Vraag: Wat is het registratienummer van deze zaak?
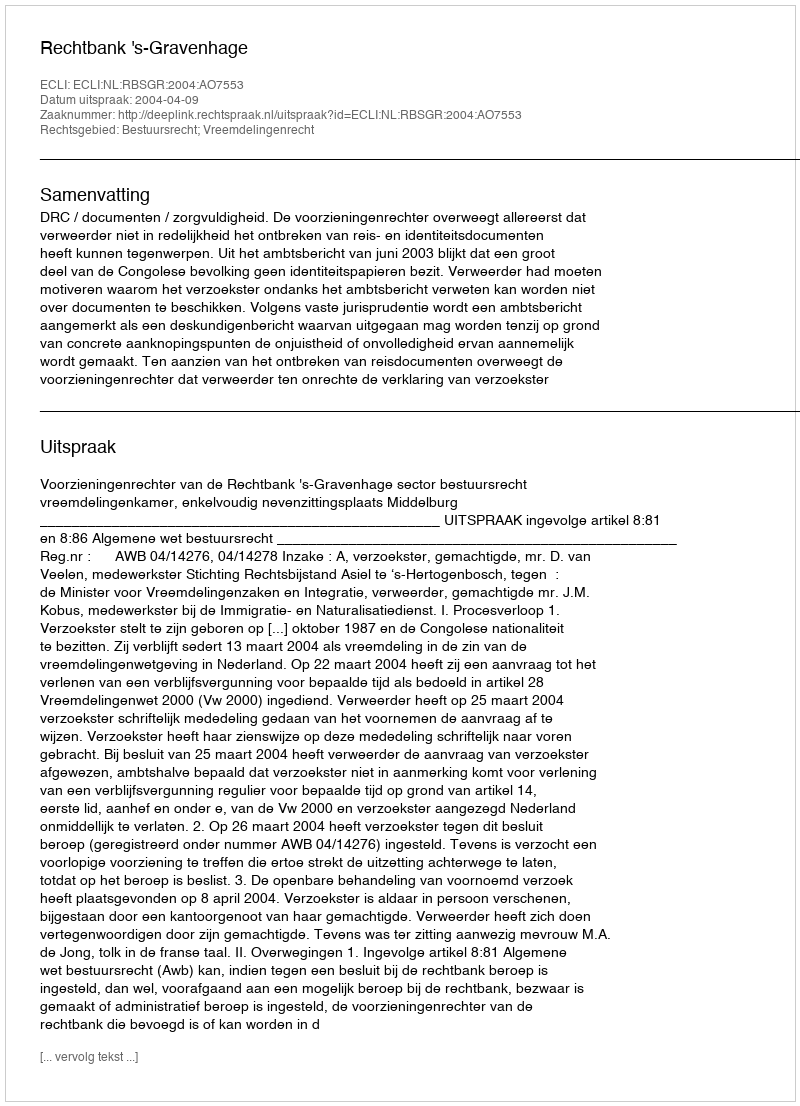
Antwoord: http://deeplink.rechtspraak.nl/uitspraak?id=ECLI:NL:RBSGR:2004:AO7553